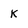
Character: K